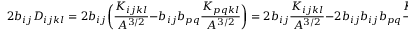
2 b _ { i j } D _ { i j k l } = 2 b _ { i j } \bigg ( \frac { K _ { i j k l } } { A ^ { 3 / 2 } } - b _ { i j } b _ { p q } \frac { K _ { p q k l } } { A ^ { 3 / 2 } } \bigg ) = 2 b _ { i j } \frac { K _ { i j k l } } { A ^ { 3 / 2 } } - 2 b _ { i j } b _ { i j } b _ { p q } \frac { K _ { p q k l } } { A ^ { 3 / 2 } } = 0